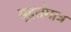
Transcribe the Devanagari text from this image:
मूहर्तमात्र